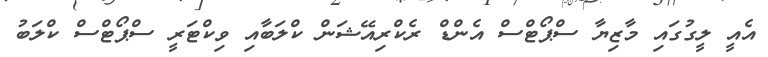
އެއީ ލީގުގައި މާޒިޔާ ސްޕޯޓްސް އެންޑް ރެކްރިއޭޝަން ކްލަބާއި ވިކްޓަރީ ސްޕޯޓްސް ކްލަބު